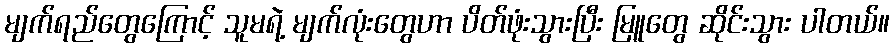
မျက်ရည်တွေကြောင့် သူမရဲ့ မျက်လုံးတွေဟာ ပိတ်ဖုံးသွားပြီး မြူတွေ ဆိုင်းသွား ပါတယ်။